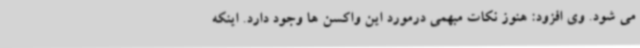
می شود. وی افزود: هنوز نکات مبهمی درمورد این واکسن ها وجود دارد. اینکه